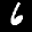
Label: 6